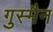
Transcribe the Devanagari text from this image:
गुस्मैन